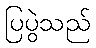
ပြပွဲသည်